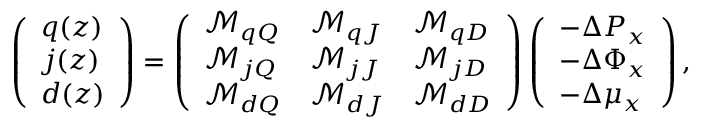
\begin{array} { r } { \left( \begin{array} { l } { q ( z ) } \\ { j ( z ) } \\ { d ( z ) } \end{array} \right) = \left( \begin{array} { l l l } { \mathcal { M } _ { q Q } } & { \mathcal { M } _ { q J } } & { \mathcal { M } _ { q D } } \\ { \mathcal { M } _ { j Q } } & { \mathcal { M } _ { j J } } & { \mathcal { M } _ { j D } } \\ { \mathcal { M } _ { d Q } } & { \mathcal { M } _ { d J } } & { \mathcal { M } _ { d D } } \end{array} \right) \left( \begin{array} { l } { - \Delta P _ { x } } \\ { - \Delta \Phi _ { x } } \\ { - \Delta \mu _ { x } } \end{array} \right) , } \end{array}